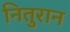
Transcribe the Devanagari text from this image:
नितुरान